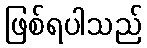
ဖြစ်ရပါသည်